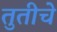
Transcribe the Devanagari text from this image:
तुतीचे